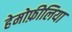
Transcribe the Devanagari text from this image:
हेमोफ़ीलिया